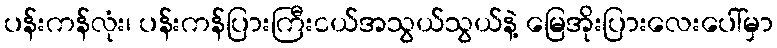
ပန်းကန်လုံး၊ ပန်းကန်ပြားကြီးငယ်အသွယ်သွယ်နဲ့ မြေအိုးပြားလေးပေါ်မှာ